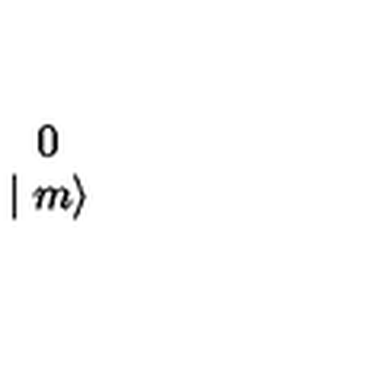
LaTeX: \begin{array} { c } { 0 } \\ { \mid m \rangle } \\ \end{array}